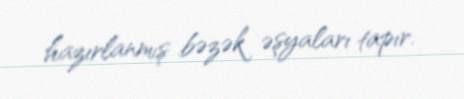
hazırlanmış bəzək əşyaları tapır.